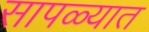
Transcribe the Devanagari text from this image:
सापळ्यात